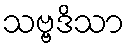
သဗ္ဗဒိသာ